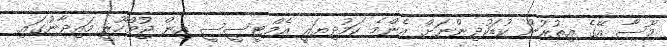
މޫސާ އޭގެ އިތުރުން ކުޑަކުދިންނަށް އެންމެ ކަމުދިޔައީ އެމްޓީސީސީ އިން ޖުމްހޫރީ މައިދާނުގައި